Civil Veterinary Dept. Assam report 1911-1927 - 1911-1927
Year: 1911
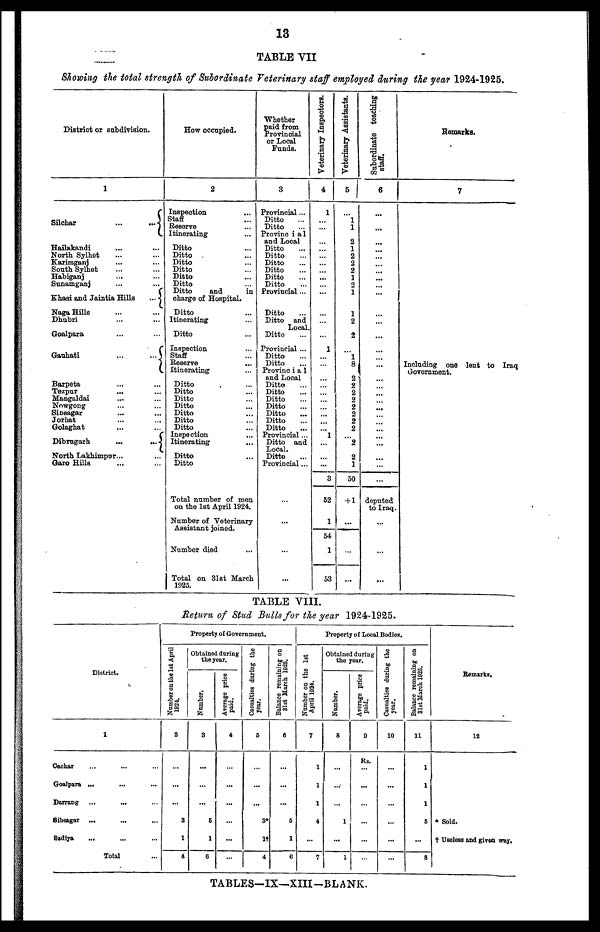
13
TABLE VII
Showing the total strength of Subordinate Veterinary staff employed during the year 1924-1925.
District or subdivision.
1
Silchar
...
...
Hailakandi ... ...
North Sylhet ... ...
Karimganj ... ...
South Sylhet ... ...
Habiganj ... ...
Sunamganj ... ...
Khasi and Jaintia Hills
...
Naga Hills ... ...
Dhubri ... ...
Goalpara ... ...
Gauhati
...
...
Barpeta ... ...
Tezpur ... ...
Mangaldai ... ...
Nowgong ... ...
Sibsagar ... ...
Jorhat ... ...
Golaghat ... ...
Dibrugarh
...
...
North Lakhimpur ... ...
Garo Hills ... ...
How occupied.
2
Inspection
Staff
Reserve
Itinerating
Ditto
Ditto
Ditto
Ditto
Ditto
Ditto
Ditto
and
in
charge of Hospital.
Ditto
Itinerating
Ditto
Inspection
Staff
Reserve
Itinerating
Ditto
Ditto
Ditto
Ditto
Ditto
Ditto
Ditto
Inspection
Itinerating
Ditto
Ditto
Total number of men
on the 1st April 1924.
Number of Veterinary
Assistant joined.
Number died
Total on 31st March
1925.
Whether
paid from
Provincial
or Local
Funds.
3
Provincial ...
Ditto ...
Ditto ...
Provincial
and Local
Ditto ...
Ditto ...
Ditto ...
Ditto ...
Ditto ...
Ditto ...
Provincial ...
Ditto ...
Ditto
and
Local.
Ditto ...
Provincial ...
Ditto ...
Ditto ...
Provincial
and Local
Ditto ...
Ditto ...
Ditto ...
Ditto ...
Ditto ...
Ditto ...
Ditto
...
Provincial ...
Ditto and
Local.
Ditto ...
Provincial ...
...
...
...
Veterinary Inspectors.
4
1
...
...
...
...
...
...
... ...
...
...
...
...
...
1
...
...
...
...
...
...
...
...
...
... 1
...
...
3
52
1
54
1
53
Veterinary Assistants.
5
...
1
1
2
1
2
2
2
1
2
1
1
2
2
...
1
8
2
2
2
2
2
2
2
2
2
2
1
50
+ 1
...
...
...
Subordinate teaching
staff.
6
...
...
...
...
...
...
...
...
...
...
...
...
...
...
...
...
...
...
...
...
...
...
...
...
...
...
...
...
...
...
...
...
deputed
to Iraq.
...
...
...
Remarks.
7
Including one lent to Iraq
Government.
TABLE VIII.
Return of Stud Bulls for the year 1924-1925.
District.
1
Cochar ... ... ...
Goalpara ... ... ...
Darrang
... ... ...
Sibsagar ... ... ...
Sadiya
.. ... ...
Total ...
Property of Government.
Number on the 1st April
1924.
2
...
...
...
3
1
4
Obtained during
the year.
Number.
3
...
...
...
5
1
6
Average price
paid.
4
...
...
...
...
...
...
Casualties during the
year.
6
...
...
...
3*
1†
4
Balance remaining on
31st March 1925.
6
...
...
...
5
1
6
Property of Local Bodies.
Number on the 1st
April 1924.
7
1
1
1
4
...
7
Obtained during
the
year.
Number.
8
...
...
...
1
...
1
Average price
paid.
9
Rs.
...
...
...
...
...
...
Casualties during the
year.
10
...
...
...
...
...
...
Balance remaining on
31st March 1925.
11
1
1
1
5
...
8
Remarks.
12
* Sold.
† Useless and given way.
TABLES—IX—XIII-BLANK.